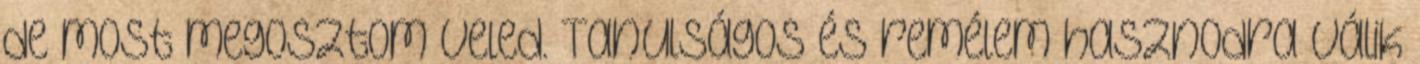
de most megosztom veled. Tanulságos és remélem hasznodra válik